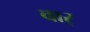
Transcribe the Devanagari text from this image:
वार्